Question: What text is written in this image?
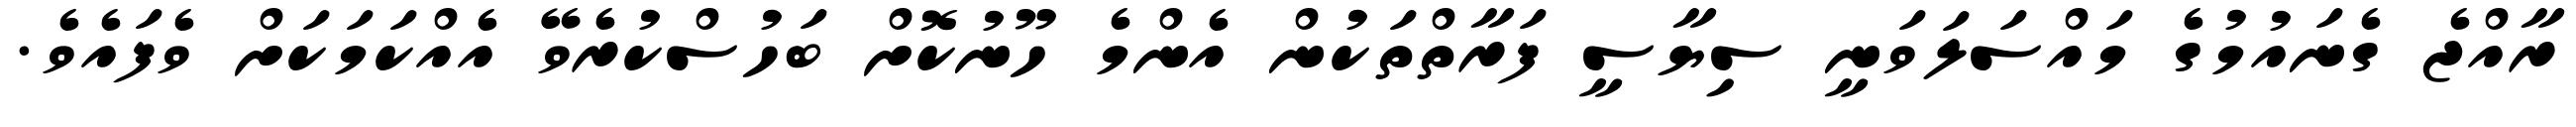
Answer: ރާއްޖެ ގެނައުމުގެ މައްސަލަވަނީ ސިޔާސީ ފަރާތްތަކުން އެންމެ ހޫނުކޮށް ބަހުސްކުރެވޭ އެއްކަމަކަށް ވެފައެވެ.